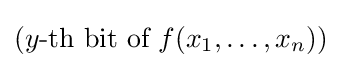
(y{\text{-th bit of }}f(x_{1},\ldots ,x_{n}))